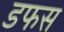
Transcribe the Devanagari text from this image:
डफस